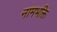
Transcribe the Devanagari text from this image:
नामभक्ति